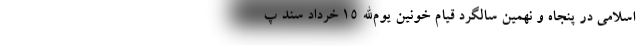
اسلامی در پنجاه و نهمین سالگرد قیام خونین یوم‌الله ۱۵ خرداد سند پ